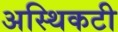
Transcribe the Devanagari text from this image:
अस्थिकटी